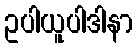
ဥပါယူပါဒါနာ